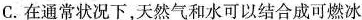
C.在通常状况下，天然气和水可以结合成可燃冰